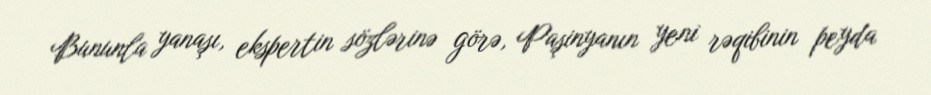
Bununla yanaşı, ekspertin sözlərinə görə, Paşinyanın yeni rəqibinin peyda